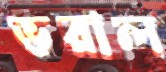
ভরাল